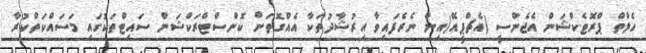
ހެލްތް ޕްރޮޓެކްޝަން އެޖެންސީ (އެޗްޕީއޭ)އިން ނެރެފައިވާ އިރުޝާދުތަކާ އެއްގޮތަށް ކޮންސްޓްރަކްޝަން ސައިޓްތަކުގައި މަސައްކަތްކުރާ